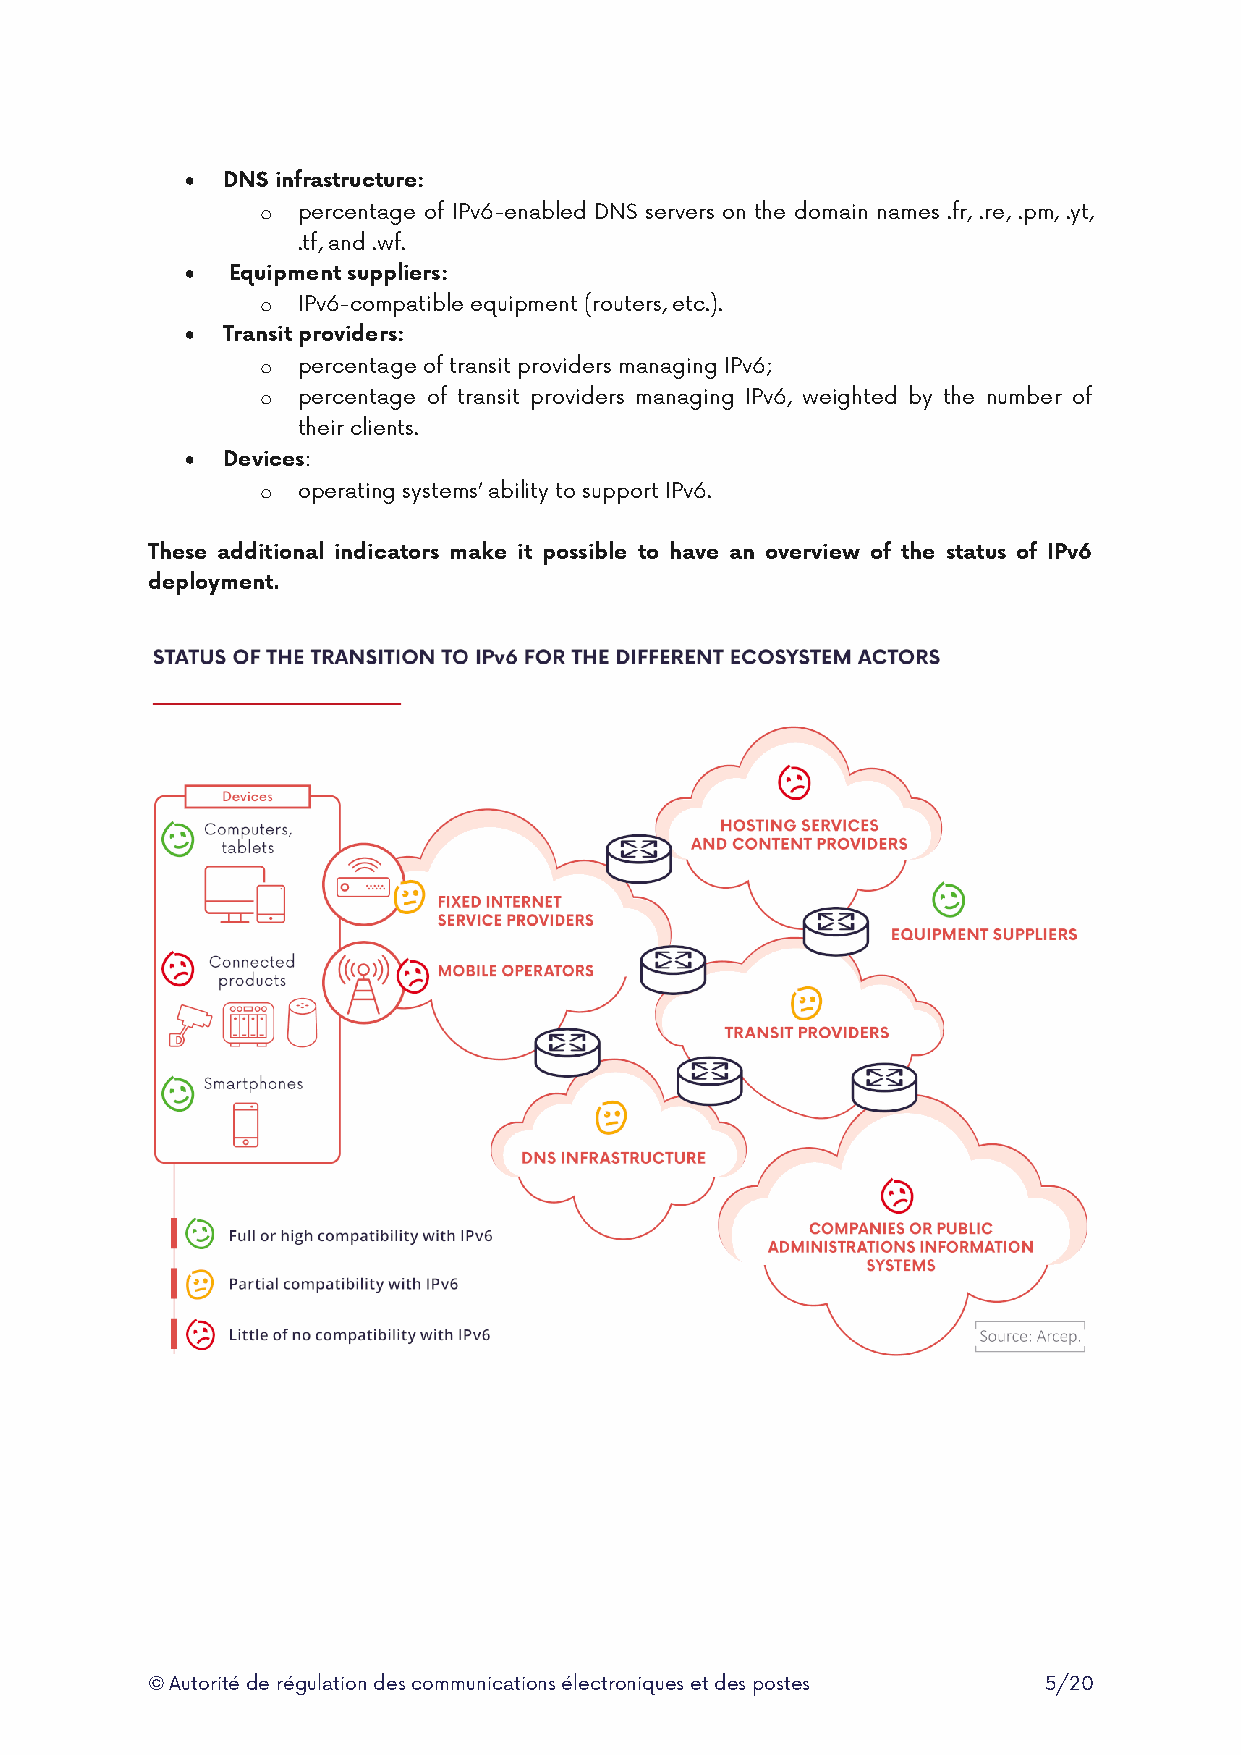
  DNS infrastructure:
 o  percentage of IPv6-enabled DNS servers on the domain names .fr, .re, .pm, .yt,
 .tf, and .wf.
   Equipment suppliers:
 o  IPv6-compatible equipment (routers, etc.).
   Transit providers:
 o  percentage of transit providers managing IPv6;
 o  percentage of transit providers managing IPv6, weighted by the number of
 their clients.
   Devices:
 o  operating systems’ ability to support IPv6.
 These additional indicators make it possible to have an overview of the status of IPv6
 deployment.
 © Autorité de régulation des communications électroniques et des postes 5/20